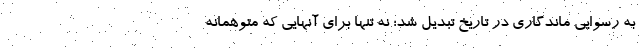
به رسوایی ماندگاری در تاریخ تبدیل شد؛ نه تنها برای آنهایی که متوهمانه